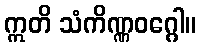
ဣတိ သံကိဏ္ဏဝဂ္ဂေါ။